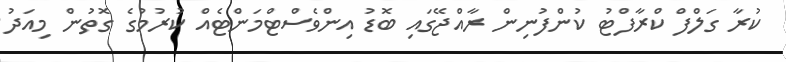
ކުރާ ގަލްފް ކްރާފްޓު ކުންފުނިން ރާއްޖޭގައި ބޮޑު އިންވެސްޓްމަންޓެއް ކުރުމުގެ ގޮތުން މިއަދު